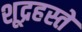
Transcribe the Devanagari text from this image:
शूद्रहस्ते